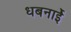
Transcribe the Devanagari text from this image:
धबनाईे